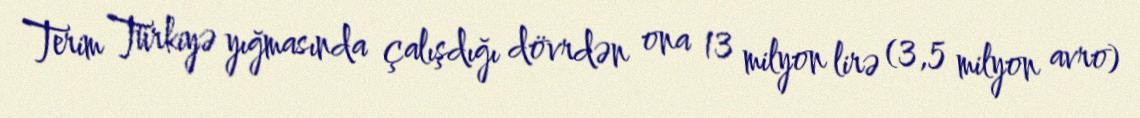
Terim Türkiyə yığmasında çalışdığı dövrdən ona 13 milyon lirə (3,5 milyon avro)